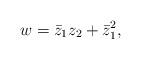
LaTeX: \begin{align*}w = \bar{z}_1 z_2 + \bar{z}_1^2 ,\end{align*}